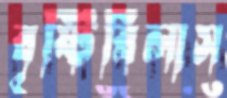
বৃষ্টিবিলাস